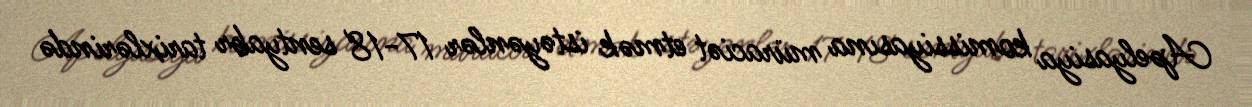
Apelyasiya komissiyasına müraciət etmək istəyənlər 17-18 sentyabr tarixlərində